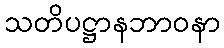
သတိပဋ္ဌာနဘာဝနာ